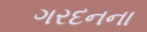
ગરદનના